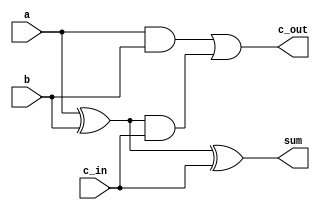
module adder1 (
    input a,
    input b,
    input c_in,
    output sum,
    output c_out
);

assign sum = (a ^ b) ^ c_in;
assign c_out = (a & b) | ((a ^ b) & c_in);

endmodule

module adder8 (
    input [7:0]a,
    input [7:0]b,
    output [7:0]sum,
    output c_out
);

wire c0, c1, c2, c3, c4, c5, c6;

adder1 add0(.a(a[0]), .b(b[0]), .c_in(1'b0), .sum(sum[0]), .c_out(c0));
adder1 add1(.a(a[1]), .b(b[1]), .c_in(c0), .sum(sum[1]), .c_out(c1));
adder1 add2(.a(a[2]), .b(b[2]), .c_in(c1), .sum(sum[2]), .c_out(c2));
adder1 add3(.a(a[3]), .b(b[3]), .c_in(c2), .sum(sum[3]), .c_out(c3));
adder1 add4(.a(a[4]), .b(b[4]), .c_in(c3), .sum(sum[4]), .c_out(c4));
adder1 add5(.a(a[5]), .b(b[5]), .c_in(c4), .sum(sum[5]), .c_out(c5));
adder1 add6(.a(a[6]), .b(b[6]), .c_in(c5), .sum(sum[6]), .c_out(c6));
adder1 add7(.a(a[7]), .b(b[7]), .c_in(c6), .sum(sum[7]), .c_out(c_out));

endmodule